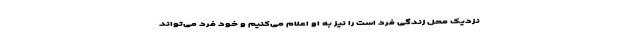
نزدیک محل زندگی فرد است را نیز به او اعلام می‌کنیم و خود فرد می‌تواند